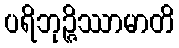
ပရိဘုဉ္ဇိဿာမာတိ